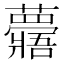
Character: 𧄯